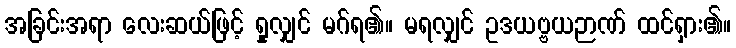
အခြင်းအရာ လေးဆယ်ဖြင့် ရှုလျှင် မဂ်ရ၏။ မရလျှင် ဥဒယဗ္ဗယဉာဏ် ထင်ရှား၏။